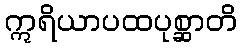
ဣရိယာပထပုစ္ဆာတိ